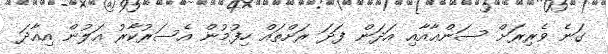
ގަނެ ވެރިރަށް ސަންޢާއާއި އަދަން ފަދަ ރަށްތައް ހިފުމުން އެސަރުކާރު އަލުން އިއާދަ